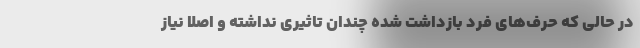
در حالی که حرف‌های فرد بازداشت شده چندان تاثیری نداشته و اصلا نیاز